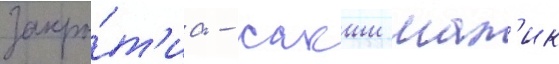
закры́т'иа - сакши мал'ик